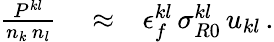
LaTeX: \begin{array}{rlr}{\frac{P^{kl}}{n_{k}\, n_{l}}}&{{}\approx}&{\epsilon_{f}^{kl}\, \sigma_{R0}^{kl}\, u_{kl}\, .}\end{array}